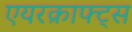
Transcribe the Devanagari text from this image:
एयरक्राफ्ट्स